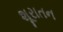
શૂરાતન